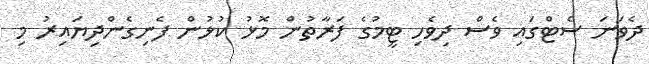
ދެވަނަ ސެޓްގައި ވެސް ދިވެހި ޓީމުގެ ފަރާތުން މޮޅު ކުޅުން ފެނިގެންދިޔައިރު މި